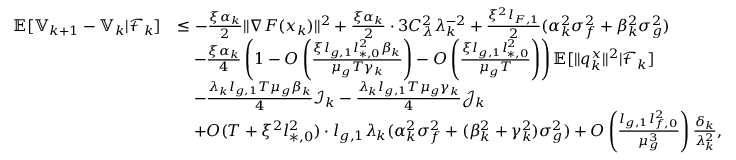
\begin{array} { r l } { \mathbb { E } [ \mathbb { V } _ { k + 1 } - \mathbb { V } _ { k } | \mathcal { F } _ { k } ] } & { \le - \frac { \xi \alpha _ { k } } { 2 } \| \nabla F ( x _ { k } ) \| ^ { 2 } + \frac { \xi \alpha _ { k } } { 2 } \cdot 3 C _ { \lambda } ^ { 2 } \lambda _ { k } ^ { - 2 } + \frac { \xi ^ { 2 } l _ { F , 1 } } { 2 } ( \alpha _ { k } ^ { 2 } \sigma _ { f } ^ { 2 } + \beta _ { k } ^ { 2 } \sigma _ { g } ^ { 2 } ) } \\ & { \quad - \frac { \xi \alpha _ { k } } { 4 } \left( 1 - O \left( \frac { \xi l _ { g , 1 } l _ { * , 0 } ^ { 2 } \beta _ { k } } { \mu _ { g } T \gamma _ { k } } \right) - O \left( \frac { \xi l _ { g , 1 } l _ { * , 0 } ^ { 2 } } { \mu _ { g } T } \right) \right) \mathbb { E } [ \| q _ { k } ^ { x } \| ^ { 2 } | \mathcal { F } _ { k } ] } \\ & { \quad - \frac { \lambda _ { k } l _ { g , 1 } T \mu _ { g } \beta _ { k } } { 4 } \mathcal { I } _ { k } - \frac { \lambda _ { k } l _ { g , 1 } T \mu _ { g } \gamma _ { k } } { 4 } \mathcal { J } _ { k } } \\ & { \quad + O ( T + \xi ^ { 2 } l _ { * , 0 } ^ { 2 } ) \cdot l _ { g , 1 } \lambda _ { k } ( \alpha _ { k } ^ { 2 } \sigma _ { f } ^ { 2 } + ( \beta _ { k } ^ { 2 } + \gamma _ { k } ^ { 2 } ) \sigma _ { g } ^ { 2 } ) + O \left( \frac { l _ { g , 1 } l _ { f , 0 } ^ { 2 } } { \mu _ { g } ^ { 3 } } \right) \frac { \delta _ { k } } { \lambda _ { k } ^ { 2 } } , } \end{array}